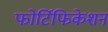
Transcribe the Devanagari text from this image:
फोर्टिफिकेशन